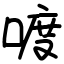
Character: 喥